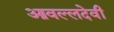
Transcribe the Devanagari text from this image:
आवल्लदेवी